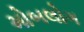
મોબલોગ